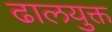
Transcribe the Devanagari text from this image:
ढालयुक्त